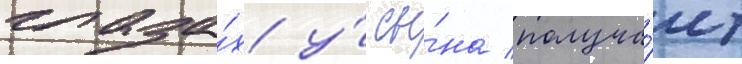
глаза́х у́ сы́на получа́ет